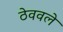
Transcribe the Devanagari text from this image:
ठेववले